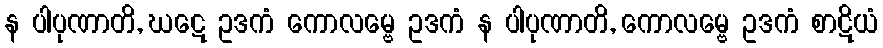
န ပါပုဏာတိ, ဃဋေ ဥဒကံ ကောလမ္ဗေ ဥဒကံ န ပါပုဏာတိ, ကောလမ္ဗေ ဥဒကံ စာဋိယံ